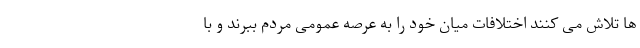
ها تلاش می کنند اختلافات میان خود را به عرصه عمومی مردم ببرند و با